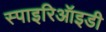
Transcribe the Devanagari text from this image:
स्पाइरिऑइडी